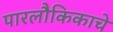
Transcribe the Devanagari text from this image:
पारलौकिकाचे